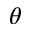
\theta